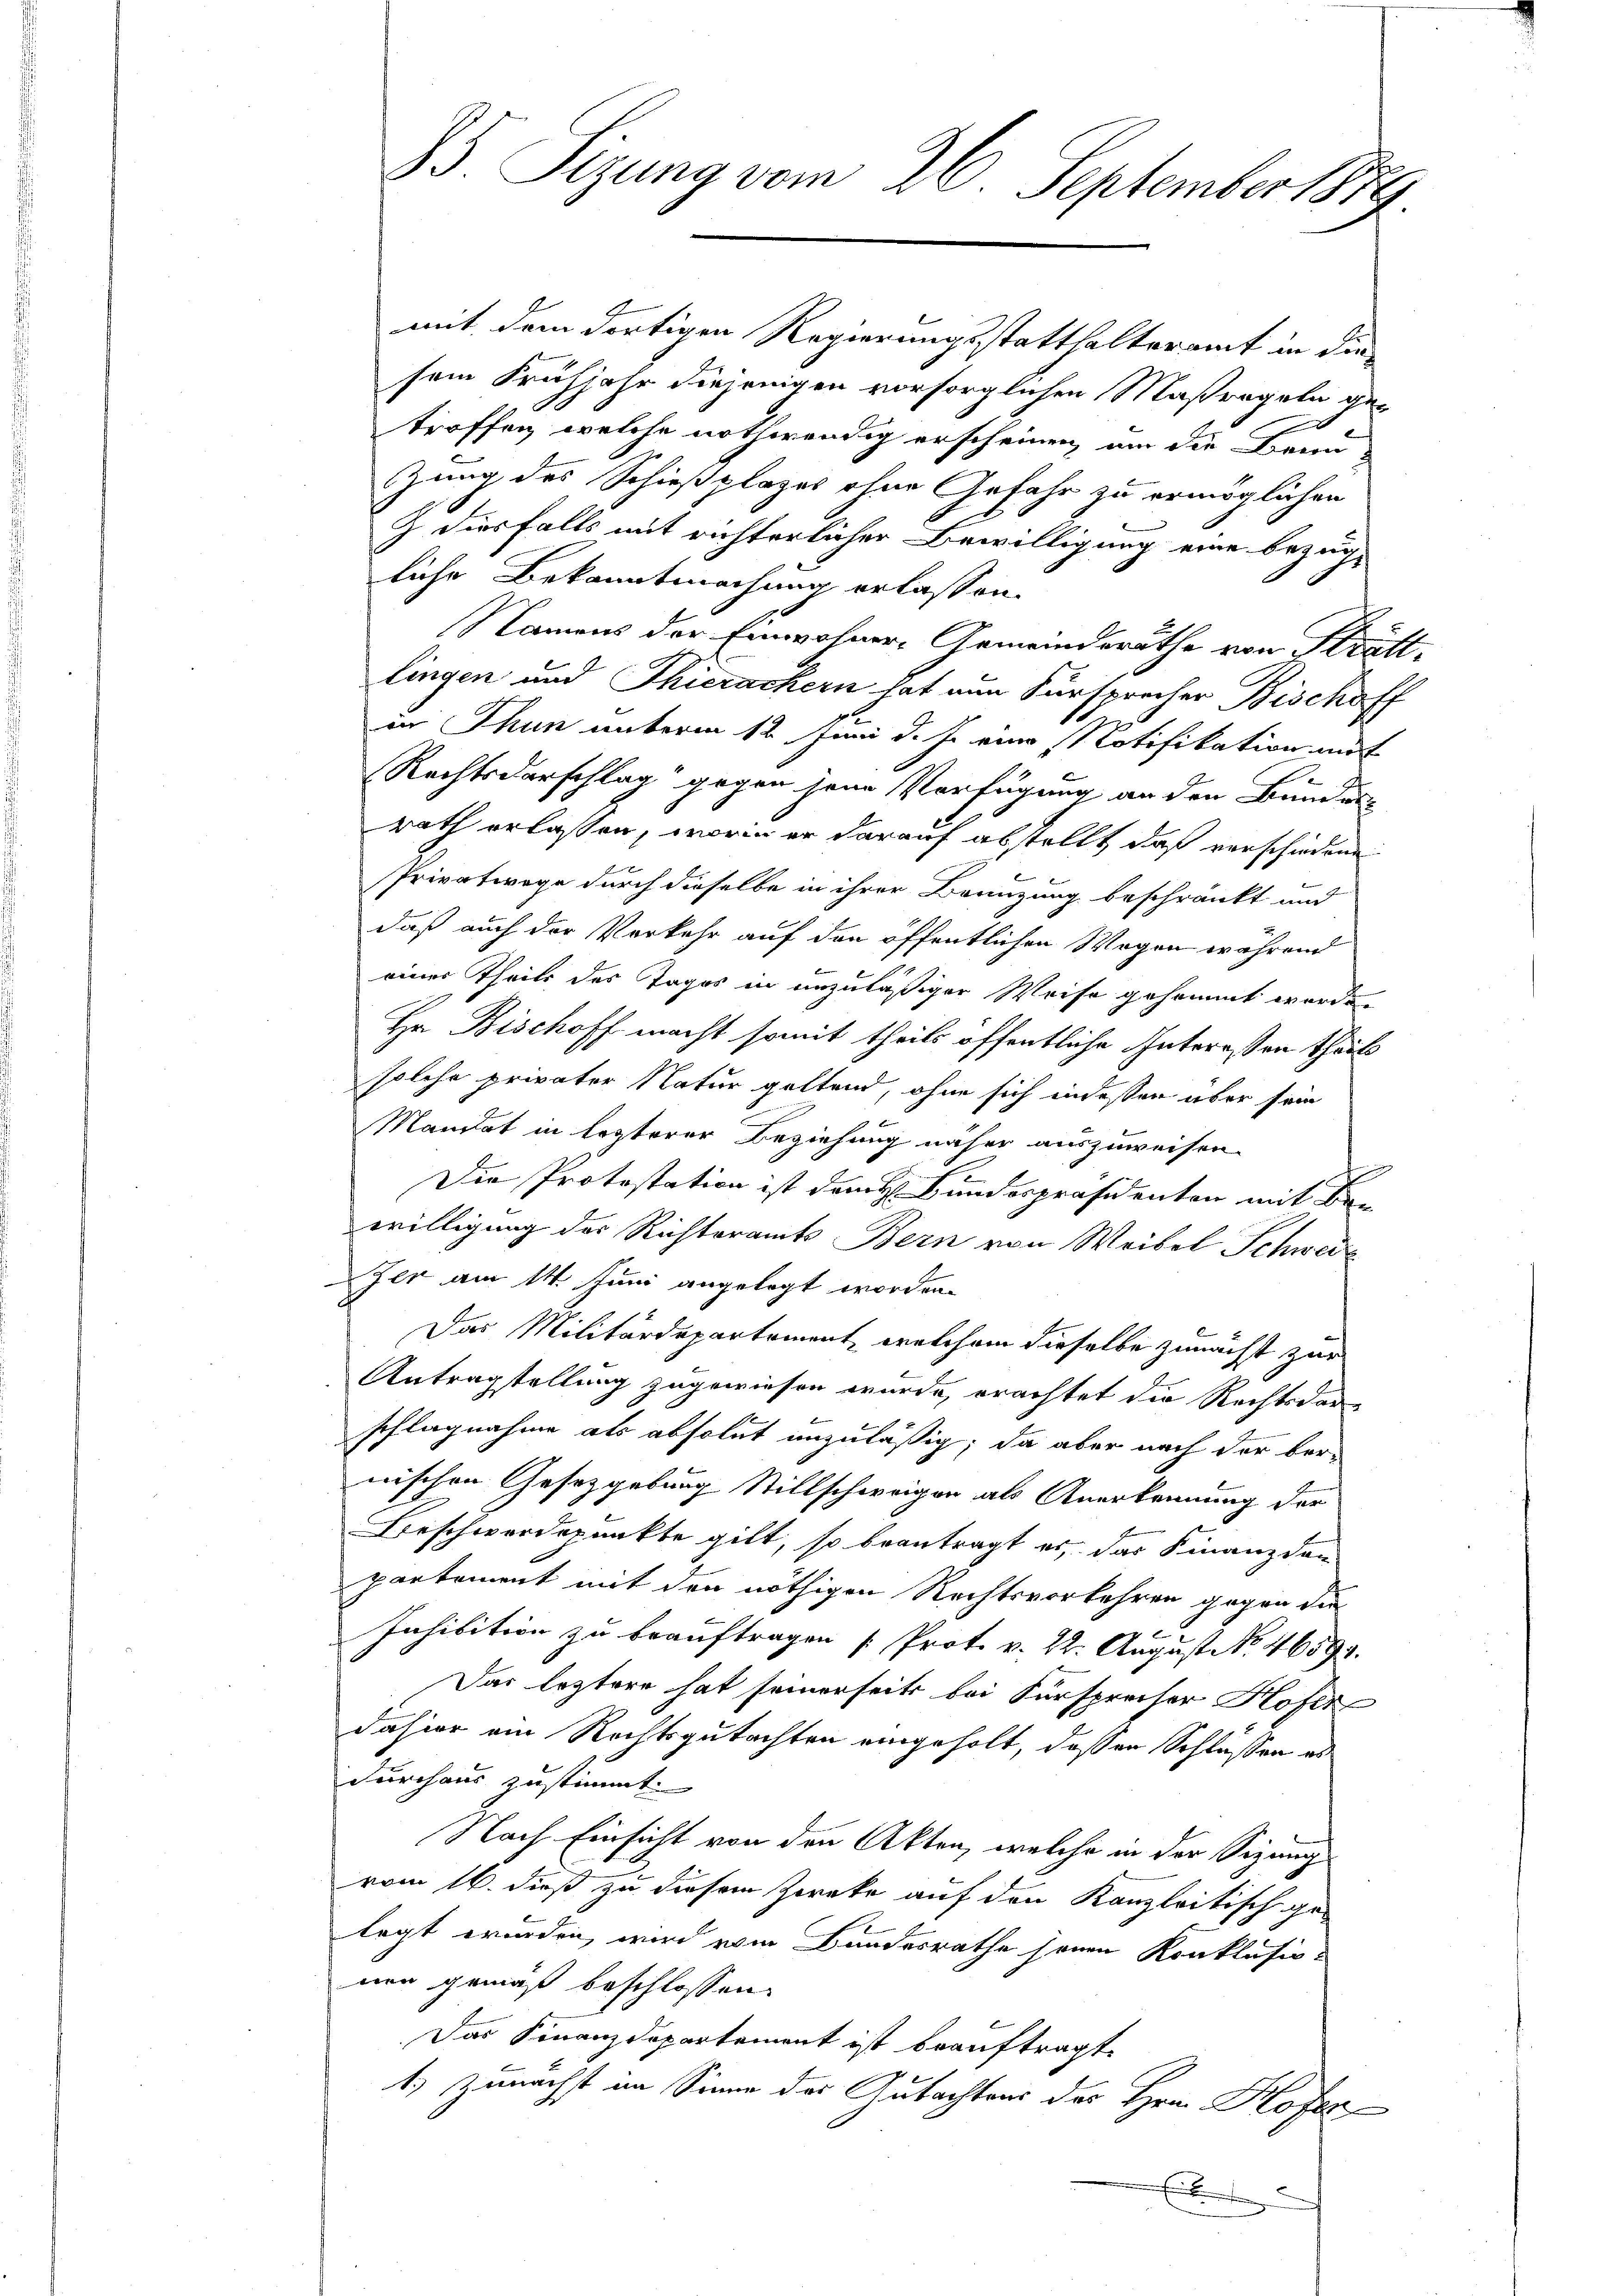
mit dem dortigen Regierungsstatthalteramt in die
sem Frühjahr diejenigen vorsorglichen Maßregeln ge-
troffen, welche nothwendig erscheinen, um die Bern-
zung des Schießplages ohne Gefahr zu ermöglichen
Z diesfalls mit richterlicher Bewilligung eine bezüg-
liche Bekanntmachung erlassen.
Namens der Einwohner-Gemeinderäthe von Stratt-
lingen und Thierachern hat nun Fürsprecher Bischoff
in Thun unterm 12. Juni d. J. eine Notifikation mit
Rechtsdarschlag gegen jene Verfügung an den Bundes
rath erlassen, worin er darauf abstellt, daß verschiedene
Privatwege durch dieselbe in ihrer Brünzung beschränkt und
daß auch der Verkehr auf den öffentlichen Wegen während
einer Theils des Tages in unzuläßiger Weise gesammt worden,
Hr. Bischoff macht somit theils öffentliche Interessen theil
solche privater Natur geltend, ohne sich indessen über sein
Mandat in lezterer Beziehung näher auszuweisen.
Die Protostation ist dem H. Bundespräsidenten mit Be-
willigung der Richteramts Bern von Weibel Schwei¬
Zer am 14. Juni angelegt worden.
Das Militärdepartement, welchem dieselbe zunächst zur
Antragstellung zugewiesen wurde, erachtet die Rechtsdarschlagnahme als absolut unzuläßig; da aber nach der bernischen Gesetzgebung Stillschweigen als Anerkennung der
Beschwerdepunkte gilt, so beantragt es, das Finanzdan
partement mit den nöthigen Rechtsverkehren gegen die
Inhibition zu beauftragen (Prot. v. 22. August No. 46593.
Das leztern hat seinerseits bei Fürsprecher Hofer
dahier am Rechtsgutachten eingeholt, dassen Schlüssen es
durchaus zustimmt.
Nach Einsicht von den Akten, welche in der Sizung
vom 16. dieß zu diesem Zoreke auf den Kanzleitisch gelegt wurden, wird vom Bundesrathe jenen Konklusionen gemäß beschlossen:
Das Finanzdepartement ist beauftragt.
1.) Zunächst im Sinne des Gutachtens des Hrn. Kofer¬
E

25. Sizung vom 26. September 1879